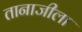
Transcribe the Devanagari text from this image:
तानाजीला